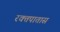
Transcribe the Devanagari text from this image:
रक्तपातास